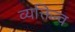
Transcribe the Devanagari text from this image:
व्यक्तिन्व